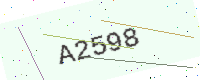
Text: A2598